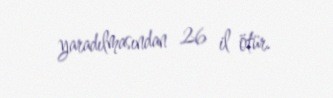
yaradılmasından 26 il ötür.